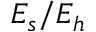
E _ { s } / E _ { h }